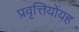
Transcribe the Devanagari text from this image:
प्रवृत्तियोंयह